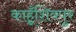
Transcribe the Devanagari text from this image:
काहूँशिवपुर